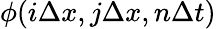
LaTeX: \phi(i\Delta x,j\Delta x,n\Delta t)